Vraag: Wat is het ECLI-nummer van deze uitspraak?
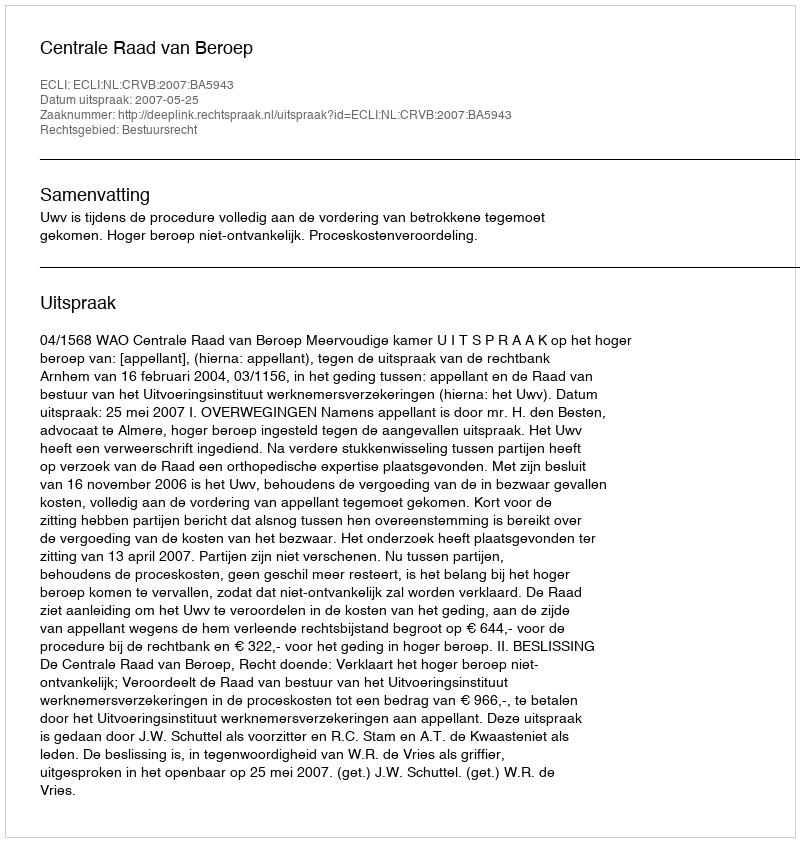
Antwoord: ECLI:NL:CRVB:2007:BA5943